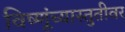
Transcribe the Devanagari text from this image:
विष्णूंच्यास्तुतीवर